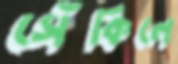
সেঁকিলে